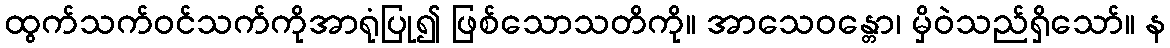
ထွက်သက်ဝင်သက်ကိုအာရုံပြု၍ ဖြစ်သောသတိကို။ အာသေဝန္တော၊ မှိဝဲသည်ရှိသော်။ န